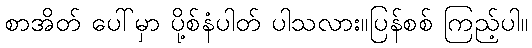
စာအိတ် ပေါ်မှာ ပို့စ်နံပါတ် ပါသလား။ပြန်စစ် ကြည့်ပါ။